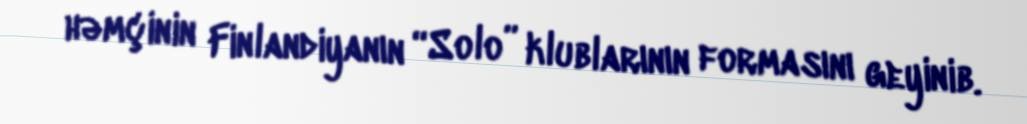
həmçinin Finlandiyanın “Solo” klublarının formasını geyinib.